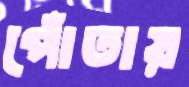
পোঁতায়